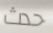
حدث